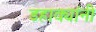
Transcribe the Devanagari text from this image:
डहाक्यांनी